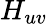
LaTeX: H_{uv}